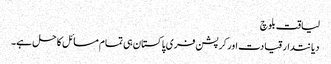
لیاقت بلوچ
دیانتدار قیادت اور کرپشن فری پاکستان ہی تمام مسائل کا حل ہے۔